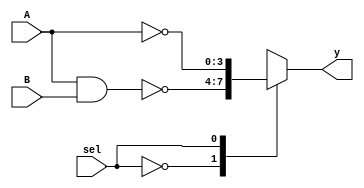
`timescale 1ns / 1ps
//////////////////////////////////////////////////////////////////////////////////
// Company: 
// Engineer: 
// 
// Design Name: 
// Module Name:    logic_unit 
// Project Name: 
// Target Devices: 
// Tool versions: 
// Description: 
//
// Dependencies: 
//
// Revision: 
// Revision 0.01 - File Created
// Additional Comments: 
//
//////////////////////////////////////////////////////////////////////////////////
module logic_unit(A, B, sel, y
    );
	 input [1:0] A;
	 input [1:0] B;
	 input sel;
	 output [3:0] y;
	 reg [3:0] y;
	 
	 always @ (A or B or sel)
	 case (sel)
		1'b0: y = ~(A & B);
		1'b1: y = ~A;
	 endcase


endmodule